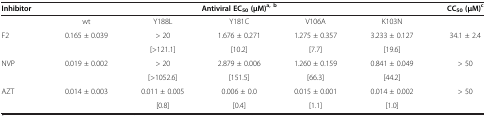
<table><thead><tr><td><b>Inhibitor</b></td><td colspan="5"><b>Antiviral EC<sub>50</sub>(μM)<sup>a, b</sup></b></td><td><b>CC<sub>50</sub>(μM)<sup>c</sup></b></td></tr></thead><tbody><tr><td> </td><td>wt</td><td>Y188L</td><td>Y181C</td><td>V106A</td><td>K103N</td><td> </td></tr><tr><td>F2</td><td>0.165 ± 0.039</td><td>&gt; 20</td><td>1.676 ± 0.271</td><td>1.275 ± 0.357</td><td>3.233 ± 0.127</td><td>34.1 ± 2.4</td></tr><tr><td> </td><td> </td><td>[&gt;121.1]</td><td>[10.2]</td><td>[7.7]</td><td>[19.6]</td><td> </td></tr><tr><td>NVP</td><td>0.019 ± 0.002</td><td>&gt; 20</td><td>2.879 ± 0.006</td><td>1.260 ± 0.159</td><td>0.841 ± 0.049</td><td>&gt; 50</td></tr><tr><td> </td><td> </td><td>[&gt;1052.6]</td><td>[151.5]</td><td>[66.3]</td><td>[44.2]</td><td> </td></tr><tr><td>AZT</td><td>0.014 ± 0.003</td><td>0.011 ± 0.005</td><td>0.006 ± 0.0</td><td>0.015 ± 0.001</td><td>0.014 ± 0.002</td><td>&gt; 50</td></tr><tr><td> </td><td> </td><td>[0.8]</td><td>[0.4]</td><td>[1.1]</td><td>[1.0]</td><td> </td></tr></tbody></table>